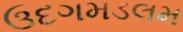
ઉદગમડલમ